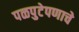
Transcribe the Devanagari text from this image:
पळपुटेपणाचे